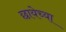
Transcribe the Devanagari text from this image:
छायेच्या